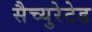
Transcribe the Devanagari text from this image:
सैच्युरेटेड